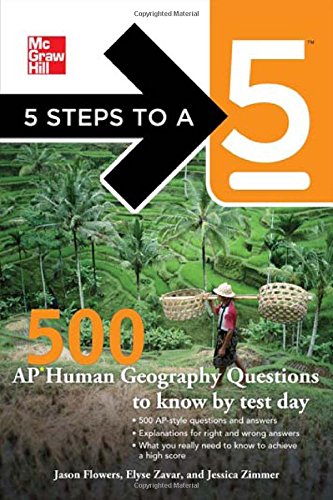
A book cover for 5 Steps to a 5 500 AP Human Geography Questions to Know by Test Day (5 Steps to a 5 on the Advanced Placement Examinations Series); Jason Flowers; Politics & Social Sciences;